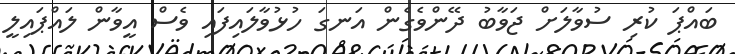
ބައްޕަ ކުރި ސުވާލަށް ޖަވާބު ދޭންވެގެން އަނގަ ހުޅުވާލައިފައި ވެސް އީވާން ލައްޕައިލީ